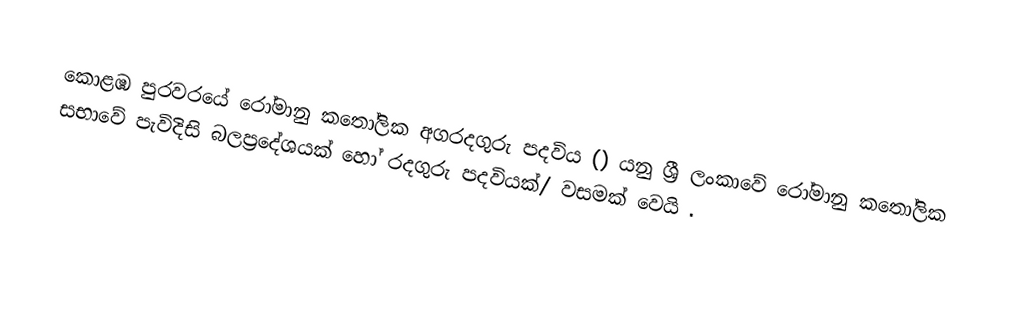
කොළඹ පුරවරයේ රෝමානු කතෝලික අගරදගුරු පදවිය () යනු ශ්‍රී ලංකාවේ  රෝමානු කතෝලික සභාවේ පැවිදිසි බලප්‍රදේශයක් හෝ  රදගුරු පදවියක්/ වසමක් වෙයි .